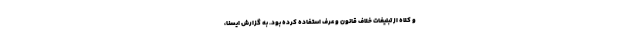
و کلاه از تبلیغات خلاف قانون و عرف استفاده کرده بود. به گزارش ایسنا،